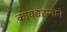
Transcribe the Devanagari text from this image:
कायद्याप्रमाने